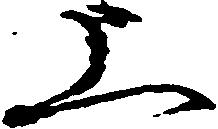
上